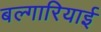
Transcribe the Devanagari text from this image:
बल्गारियाई